Senior Leaving Certificate, 1939
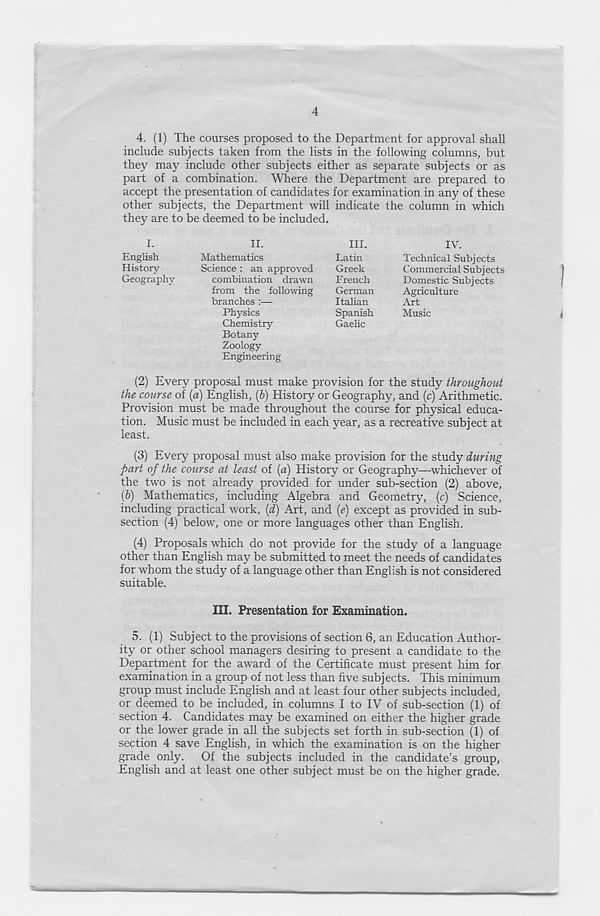
4
4. (1) The courses proposed to the Department for approval shall
include subjects taken from the lists in the following columns, but
they may include other subjects either as separate subjects or as
part of a combination. Where the Department are prepared to
accept the presentation of candidates for examination in any of these
other subjects, the Department will indicate the column in which
they are to be deemed to be included.
I.
II.
III.
English
Mathematics
Latin
History
Science: an approved
Greek
Geography
combination drawn
French
from the following
German
branches :—
Italian
Physics
Spanish
Chemistry
Gaelic
Botany
Zoology
Engineering
IV.
Technical Subjects
Commercial Subjects
Domestic Subjects
Agriculture
Art
Music
(2) Every proposal must make provision for the study throughout
the course of [a) English, (b) History or Geography, and (c) Arithmetic.
Provision must be made throughout the course for physical educa-
tion. Music must be included in each year, as a recreative subject at
least.
(3) Every proposal must also make provision for the study during
part of the course at least of (a) History or Geography—whichever of
the two is not already provided for under sub-section (2) above,
{b) Mathematics, including Algebra and Geometry, [c) Science,
including practical work, {d) Art, and (e) except as provided in sub-
section (4) below, one or more languages other than English.
(4) Proposals which do not provide for the study of a language
other than English may be submitted to meet the needs of candidates
for whom the study of a language other than English is not considered
suitable.
III. Presentation for Examination.
5. (1) Subject to the provisions of section 6, an Education Author-
ity or other school managers desiring to present a candidate to the
Department for the award of the Certificate must present him for
examination in a group of not less than five subjects. This minimum
group must include English and at least four other subjects included,
or deemed to be included, in columns I to IV of sub-section (1) of
section 4. Candidates may be examined on either the higher grade
or the lower grade in all the subjects set forth in sub-section (1) of
section 4 save English, in which the examination is on the higher
grade only. Of the subjects included in the candidate’s group,
English and at least one other subject must be on the higher grade.